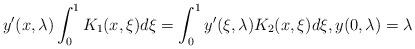
LaTeX: \begin{align*}y'(x,\lambda)\int_0^1 K_1(x,\xi)d\xi=\int_0^1y'(\xi,\lambda)K_2(x,\xi)d\xi, y(0,\lambda)=\lambda\end{align*}